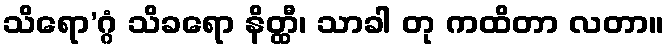
သိရော’ဂ္ဂံ သိခရော နိတ္ထီ၊ သာခါ တု ကထိတာ လတာ။